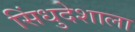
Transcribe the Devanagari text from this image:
सिंधुदेशाला